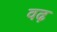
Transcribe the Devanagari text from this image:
वढ़